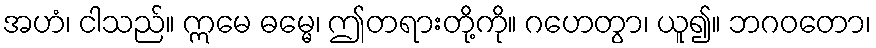
အဟံ၊ ငါသည်။ ဣမေ ဓမ္မေ၊ ဤတရားတို့ကို။ ဂဟေတွာ၊ ယူ၍။ ဘဂဝတော၊